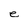
Character: e